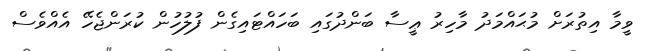
ވީމާ އިތުރަށް މުޙައްމަދު މާހިރު ޢީސާ ބަންދުގައި ބަހައްޓައިގެން ފުލުހުން ކުރަންޖެހޭ އެއްވެސް